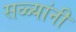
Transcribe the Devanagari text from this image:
सळ्यांनी